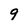
Character: 9